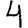
Digit: 4